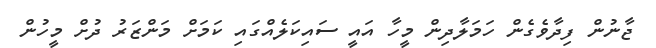
ޖާނުން ފިދާވެގެން ހަމަލާދިން މީހާ އައީ ސައިކަލެއްގައި ކަމަށް މަންޒަރު ދުށް މީހުން